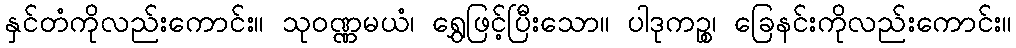
နှင်တံကိုလည်းကောင်း။ သုဝဏ္ဏမယံ၊ ရွှေဖြင့်ပြီးသော။ ပါဒုကဉ္စ၊ ခြေနင်းကိုလည်းကောင်း။